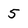
Character: 5